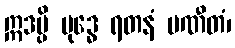
ဣဒမ္ပိ ဗုဒ္ဓေ ရတနံ ပဏီတံ၊